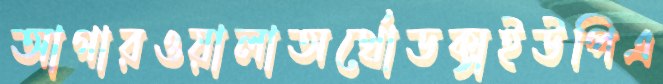
আগারওয়ালাঅর্থোডক্সইউপিএ